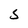
Character: S